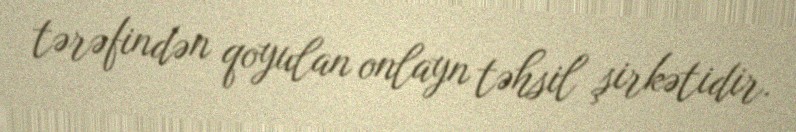
tərəfindən qoyulan onlayn təhsil şirkətidir.